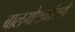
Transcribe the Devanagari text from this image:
बालगोपाळांचाही